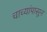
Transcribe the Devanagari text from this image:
चाच्यांपासून